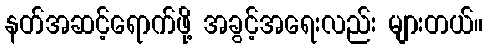
နတ်အဆင့်ရောက်ဖို့ အခွင့်အရေးလည်း များတယ်။